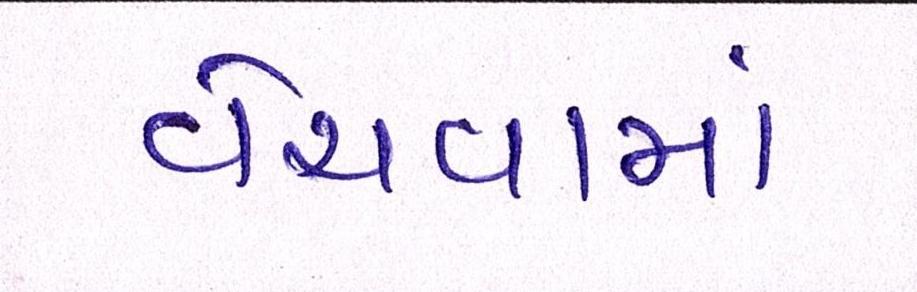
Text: વેચવામાં